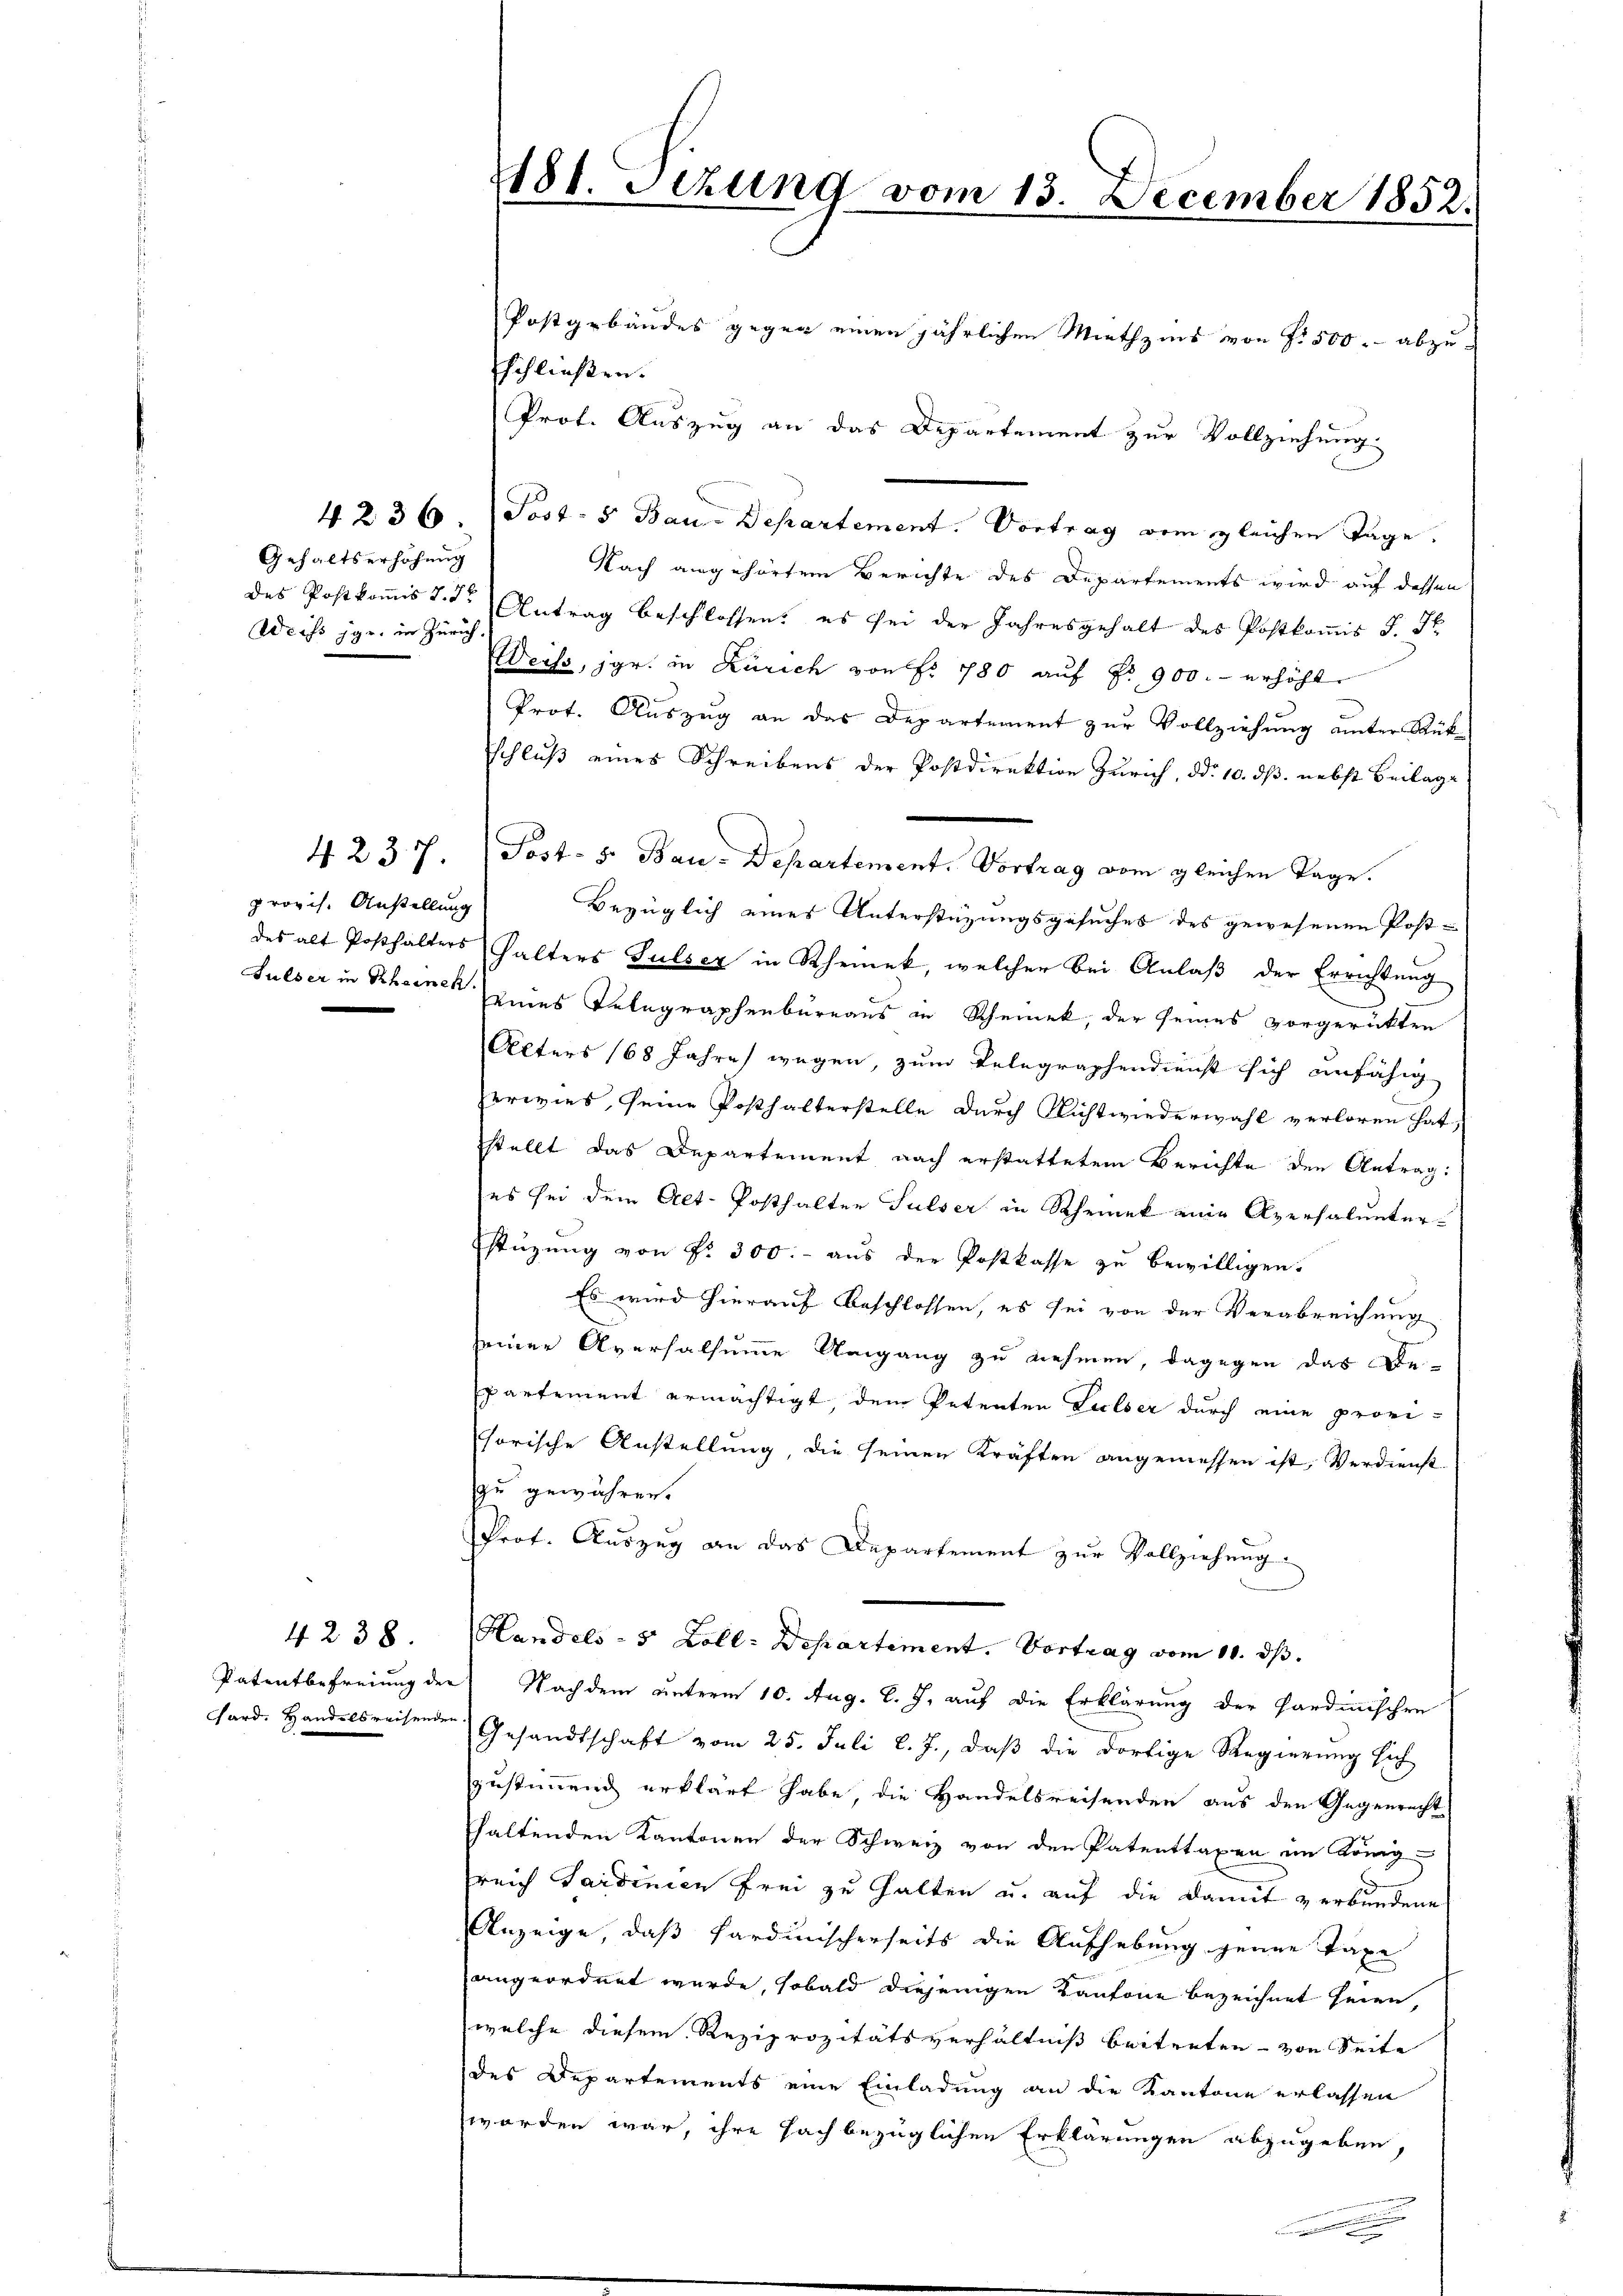
Gehaltserhöhung
Weiss je, in Zürich.

provis. Anstellung

4 237.

4 238

f
181. Sizung vom 13. December 1852.
Postgebäudes gegen einen jährlichen Miethzins von Fr. 500 abzu-
schließen.

Prot. Auszug an das Departement zur Vollziehung
4. 236 / Post- 5 Bau-Departement. Vortrag vom gleichen Tage.
Nach angehörten Berichte des Departements wird auf dessen
des Postkoṁist. I. Antrag beschlossen: es sei der Jahresgehalt des Postkoṁis J. J.
Weiss, jgr. in Zürich von fr. 780 auf No 900.- erhöht
Prot. Auszug an das Departement zur Vollziehung unter Rükschluß eines Schreibens der Postdirektion Zürich, ddo. 10. dß. nebst Beilage
Post- 5. Bau-Departement. Vortrag vom gleichen Tage.
Bezüglich eines Unterstüzungsgesuches des gewesenen Post-
des alt Posthalters halters Pulser in Rheinek, welcher bei Anlaβ der Errichtung
Sulser in Rheinen eines Telegraphenbureaus in Rheinek, der seines vorgerückten
Alters (68 Jahre wegen, zum Telegraphendienst sich unfähig
erwies, seine Posthalterstelle durch Nichtwiederwahl verloren hat,
stellt das Departement nach erstattetem Berichte den Antrag:
es sei dem Alt-Posthalten Sulser in Schrank eine Aversalunterstüzung von Fr. 300.- aus der Postkasse zu bewilligen.
Es wird hierauf beschlossen, es sei von der Verabreichung
seiner Aversalsumme Umgang zu nehmen, dagegen das Be-
partement ermächtigt, dem Petenten Lulser durch eine provi-
horische Anstellung, die seinen Kräften angemessen ist, Verdienst
zu gewähren.
Prof. Auszug an das Departement zur Vollziehung.
Handels- 5 Zoll: Departement. Vortrag vom 10. ds.
Patentbefreiung der Nachdem unterm 10. Aug. l. J. auf die Erklärung der Hardmischen
hard. Handelsreisenden Gesandtschaft vom 25. Juli l. J., daß die dortige Regierung sich
zustimmend erklärt habe, die Handelsreisenden aus den Gegenrecht
haltenden Kantonen der Schweiz von den Patenttaxen im König
reich Sardinien frei zu halten u. auf die damit verbundene
Anzeige, daß Pardinischerseits die Aufhebung jenen Taxe
angeordnet wurde, sobald diejenigen Kantone bezeichnet seien,
welche diesem Reziprozitätsverhältniß beitreten von Seite
des Departements eine Einladung an die Kantone erlassen
worden war, ihre fach bezüglichen Erklärungen abzugeben,
e